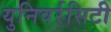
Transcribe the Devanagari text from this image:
युनिवर्रसिटी